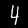
Digit: 4